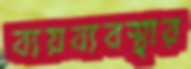
ব্যয়ব্যবস্থার